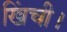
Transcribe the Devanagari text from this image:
खिंची।